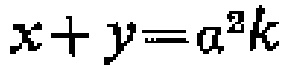
\(x + y = a^{2}k\)